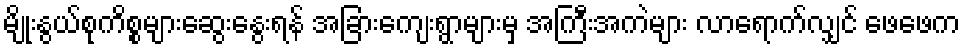
မျိုးနွယ်စုကိစ္စများဆွေးနွေးရန် အခြားကျေးရွာများမှ အကြီးအကဲများ လာရောက်လျှင် ဖေဖေက